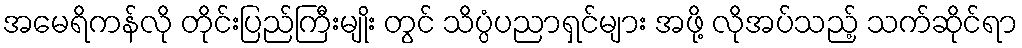
အမေရိကန်လို တိုင်းပြည်ကြီးမျိုး တွင် သိပ္ပံပညာရှင်များ အဖို့ လိုအပ်သည့် သက်ဆိုင်ရာ